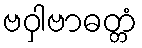
ဗဝှါဗာဓတ္တံ